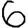
Digit: 6